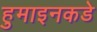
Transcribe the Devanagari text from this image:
हुमाइनकडे